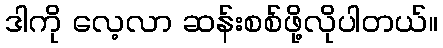
ဒါကို လေ့လာ ဆန်းစစ်ဖို့လိုပါတယ်။